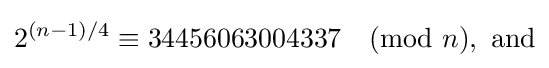
2^{(n-1)/4}\equiv 34456063004337{\pmod {n}},{\text{ and}}